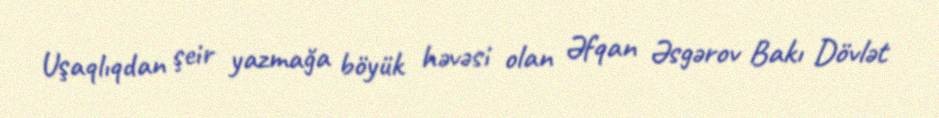
Uşaqlıqdan şeir yazmağa böyük həvəsi olan Əfqan Əsgərov Bakı Dövlət